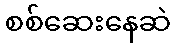
စစ်ဆေးနေဆဲ